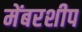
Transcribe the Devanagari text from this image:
मेंबरशीप